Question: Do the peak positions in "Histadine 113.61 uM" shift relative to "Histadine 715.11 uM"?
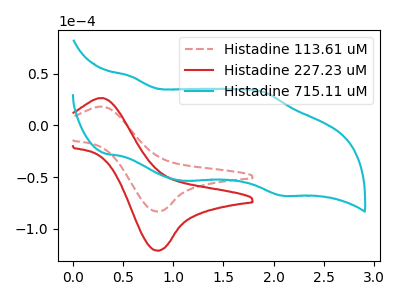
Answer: <think>The red dashed curve "Histadine 113.61 uM" has an anodic peak at (0.30V, 18.10uA) and a cathodic peak at (0.85V, -83.50uA). The red curve "Histadine 227.23 uM" has an anodic peak at (0.30V, 26.30uA) and a cathodic peak at (0.85V, -121.40uA). The cyan curve "Histadine 715.11 uM" has anodic peaks at (0.55V, 47.60uA) (1.90V, 32.50uA) and cathodic peaks at (1.10V, -53.60uA) (2.10V, -67.95uA).
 "Histadine 113.61 uM" and "Histadine 715.11 uM" have a different number of peaks.</think>
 <answer>Yes, "Histadine 113.61 uM" and "Histadine 715.11 uM" are different in shape.</answer>
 <eval>yes_change</eval>